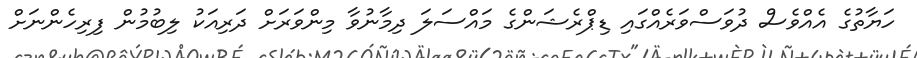
ހަޔާތުގެ އެއްވެސް ދުވަސްވަރެއްގައި ޑިޕްރެޝަންގެ މައްސަލަ ދިމާނުވާ މިންވަރަށް ދަރިއަކު ލިބުމުން ފިރިހެންނަށް